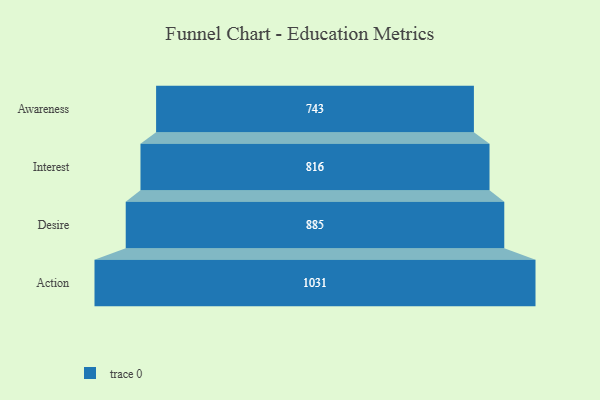
{"axis": {"x": "Stage", "y": "Value"}, "legend": [""], "data": [{"x": "Awareness", "y": 743.0, "type": ""}, {"x": "Interest", "y": 816.0, "type": ""}, {"x": "Desire", "y": 885.0, "type": ""}, {"x": "Action", "y": 1031.0, "type": ""}]}